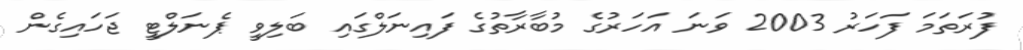
ފުރަތަމަ ފަހަރު 2003 ވަނަ އަހަރުގެ މުބާރާތުގެ ފައިނަލްގައި ބަލިވީ ޕެނަލްޓީ ޖަހައިގެން